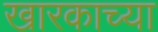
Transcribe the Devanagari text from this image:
खारकाच्या